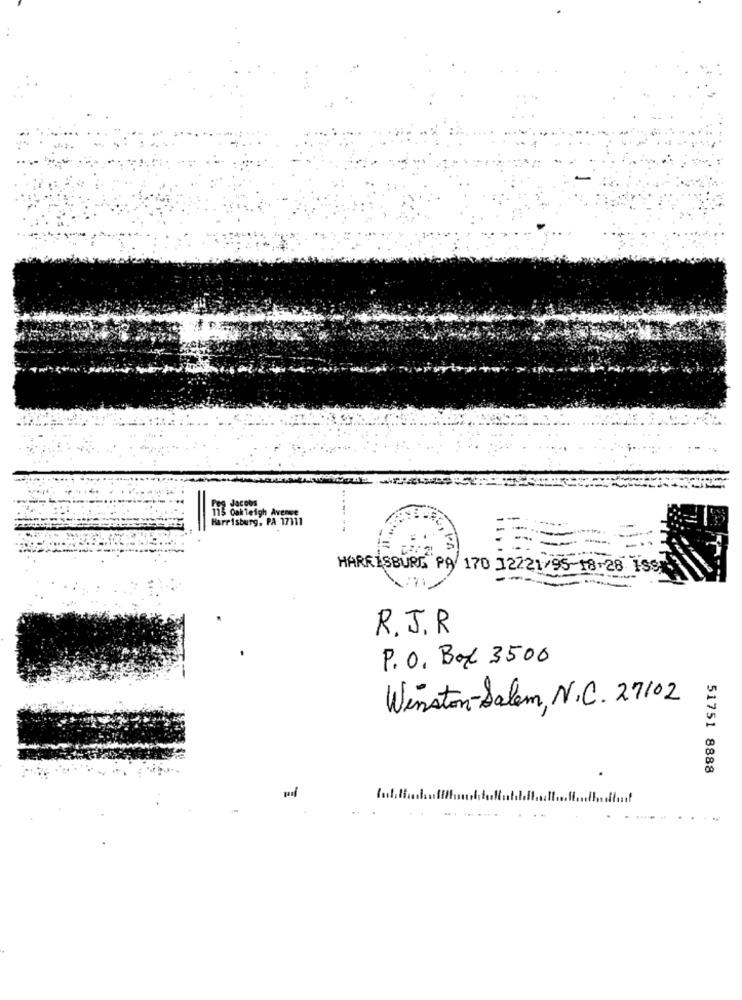
Jacobs
115 Oakleigh Avenue
Harrisburg, PA 17111
HARRISBURG PA 170 12221/95-18-28 199
R. J. R
P. O. Box 3500
Winston-Salem, N.C. 27102
51751 8888
=
-.